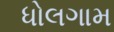
ધોલગામ